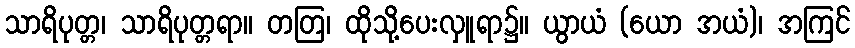
သာရိပုတ္တ၊ သာရိပုတ္တရာ။ တတြ၊ ထိုသို့ပေးလှူရာ၌။ ယွာယံ (ယော အယံ)၊ အကြင်